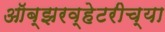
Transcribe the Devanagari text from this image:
ऑब्झरव्हेटरीच्या